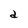
Character: d